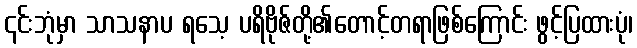
၎င်းဘုံမှာ သာသနာပ ရသေ့ ပရိဗိုဇ်တို့၏တောင့်တရာဖြစ်ကြောင်း ဖွင့်ပြထားပုံ၊